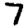
Digit: 7